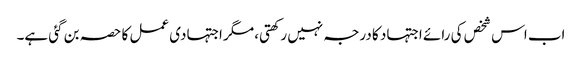
اب اس شخص کی رائے اجتہاد کا درجہ نہیں رکھتی، مگر اجتہادی عمل کا حصہ بن گئی ہے۔